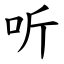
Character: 听